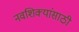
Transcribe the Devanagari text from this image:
नवशिक्यांसाठी